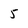
Character: 5